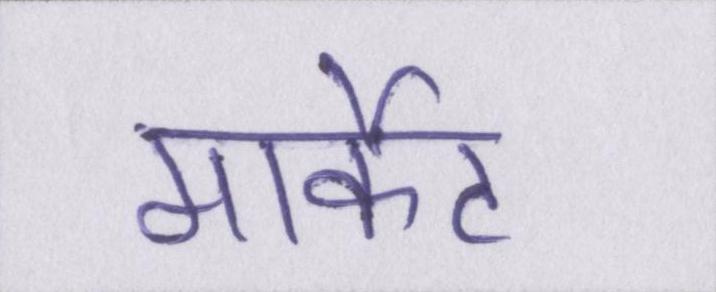
मार्केट